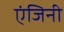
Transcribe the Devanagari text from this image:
एंजिनी